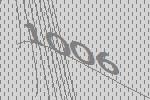
1006